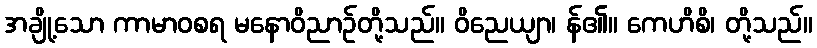
အချို့သော ကာမာဝစရ မနောဝိညာဉ်တို့သည်။ ဝိညေယျာ၊ န်၏။ ကေဟိစိ၊ တို့သည်။